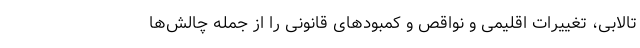
تالابی، تغییرات اقلیمی و نواقص و کمبودهای قانونی را از جمله چالش‌ها